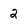
Character: 2